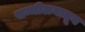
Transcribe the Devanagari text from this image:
सम्मीलनातून